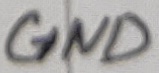
Text: GND